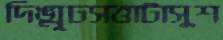
দিঙ্মূঢসত্তাটাসুশ